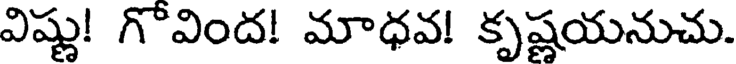
విష్ణు! గొవింద! మాధవ! కృష్ణయనుచు.